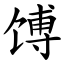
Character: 馎